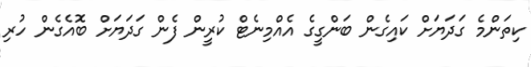
ކިތަންމެ ގަދަޔަށް ކައިގެން ބަންގީގެ އެއްމިނެޓް ކުރީން ފެން ގަދަޔަށް ބޮއެގެން ހުރި